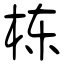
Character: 栋